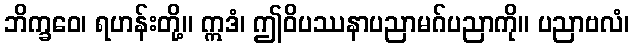
ဘိက္ခဝေ၊ ရဟန်းတို့။ ဣဒံ၊ ဤဝိပဿနာပညာမဂ်ပညာကို။ ပညာဗလံ၊